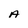
Character: A